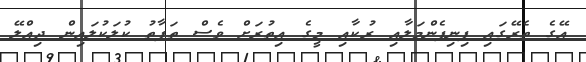
އޭގެ ތެރޭގައި ފިނިފެންމަލާއި ރުކާއި މީގެ އިތުރަށް ވެސް ތަފާތު ކުލަކުލައިން ދިއްލޭ